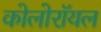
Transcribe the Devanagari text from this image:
कोलोरॉयल